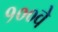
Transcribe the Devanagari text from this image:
१००वे